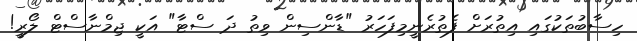
ހިސާބުތަކުގައި އިތުރަށް ފެތުރެނީމިފަހަރު "ޑާންސިން ވިތު ދަ ސްޓާ" އަކީ ޖިމްނާސްޓް ލޯރީ!